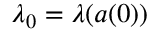
\lambda _ { 0 } = \lambda ( { a } ( 0 ) )